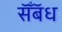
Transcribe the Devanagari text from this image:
सॅँबॅध